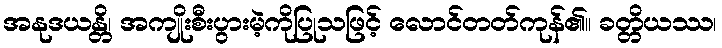
အနုဒယန္တိ၊ အကျိုးစီးပွားမဲ့ကိုပြုသဖြင့် လောင်တတ်ကုန်၏။ ခတ္တိယဿ၊